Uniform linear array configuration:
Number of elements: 48
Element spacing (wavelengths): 0.25
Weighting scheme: cosine
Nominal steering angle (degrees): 45
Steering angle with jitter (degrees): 46.883
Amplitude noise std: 0.05
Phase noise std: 0.05

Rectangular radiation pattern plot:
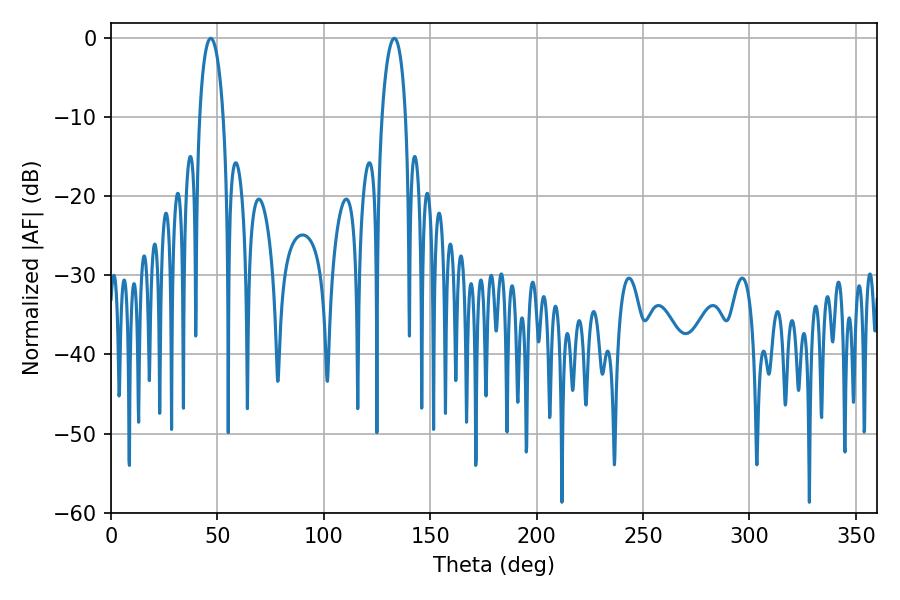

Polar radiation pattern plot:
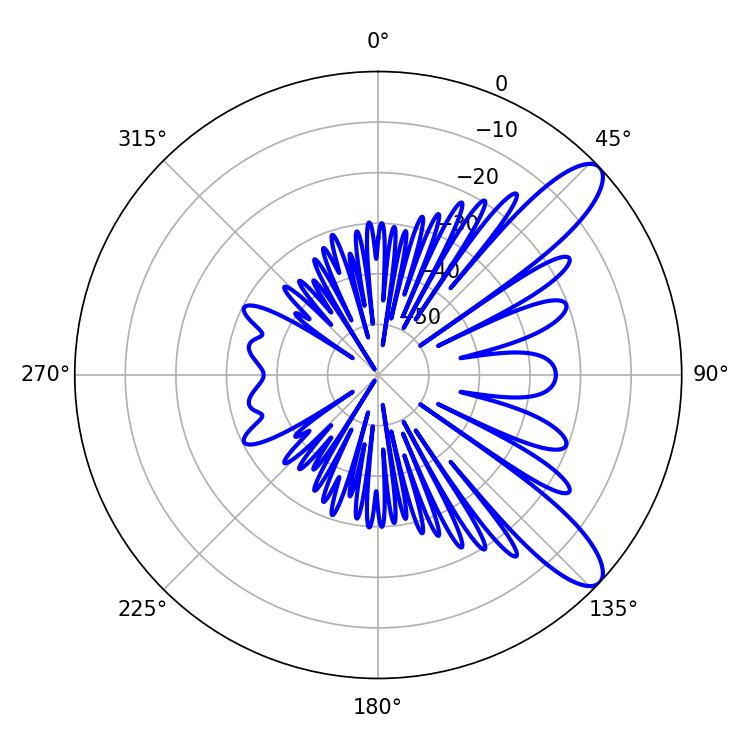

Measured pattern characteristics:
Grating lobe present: FALSE
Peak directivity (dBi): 10.475
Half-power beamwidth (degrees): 6.48
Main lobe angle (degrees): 46.8